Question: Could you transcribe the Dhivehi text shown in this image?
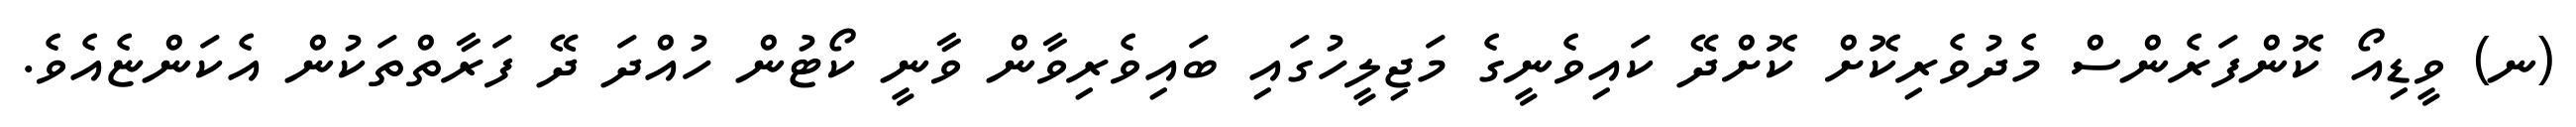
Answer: (ނ) ވީޑިއޯ ކޮންފަރެންސް މެދުވެރިކޮށް ކޮށްދޭ ކައިވެނީގެ މަޖިލީހުގައި ބައިވެރިވާން ވާނީ ކޯޓުން ހުއްދަ ދޭ ފަރާތްތަކުން އެކަންޏެއެވެ.